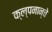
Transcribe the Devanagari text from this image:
क्ल्पनान्चे